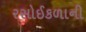
રસોઈકળાની